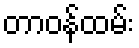
တာဝန်ထမ်း